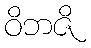
ဝိဘဇိ